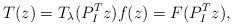
LaTeX: \begin{align*}T(z) = T_{\lambda}(P_I^T z) f(z) = F(P_I^T z),\end{align*}